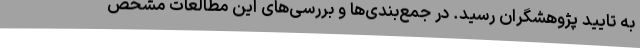
به تایید پژوهشگران رسید. در جمع‌بندی‌ها و بررسی‌های این مطالعات مشخص